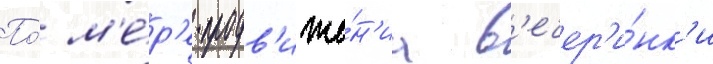
По́ м'е́р'е продв'иже́н'иа в'ечер'и́нк'и